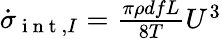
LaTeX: \begin{array}{r}{\dot{\sigma}_{\mathrm{~i~n~t~},I}=\frac{\pi\rho dfL}{8T}{U^{3}}}\end{array}